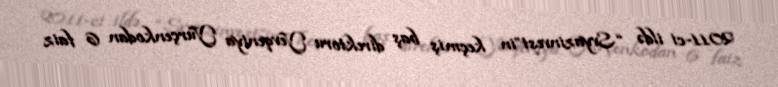
2011-ci ildə “Svyazinvest”in keçmiş baş direktoru Yevqeniya Yurçenkodan 6 faiz